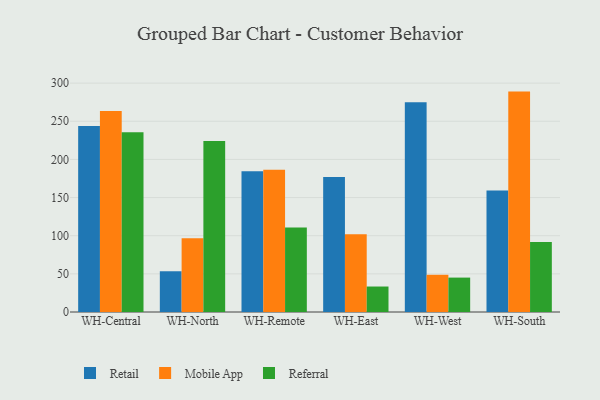
{"axis": {"x": "Warehouse", "y": "Headcount"}, "legend": ["Mobile App", "Referral", "Retail"], "data": [{"x": "WH-Central", "y": 243.7, "type": "Retail"}, {"x": "WH-Central", "y": 263.4, "type": "Mobile App"}, {"x": "WH-Central", "y": 235.5, "type": "Referral"}, {"x": "WH-North", "y": 53.4, "type": "Retail"}, {"x": "WH-North", "y": 96.8, "type": "Mobile App"}, {"x": "WH-North", "y": 224.0, "type": "Referral"}, {"x": "WH-Remote", "y": 184.4, "type": "Retail"}, {"x": "WH-Remote", "y": 186.5, "type": "Mobile App"}, {"x": "WH-Remote", "y": 110.6, "type": "Referral"}, {"x": "WH-East", "y": 176.9, "type": "Retail"}, {"x": "WH-East", "y": 101.9, "type": "Mobile App"}, {"x": "WH-East", "y": 33.4, "type": "Referral"}, {"x": "WH-West", "y": 275.0, "type": "Retail"}, {"x": "WH-West", "y": 48.8, "type": "Mobile App"}, {"x": "WH-West", "y": 45.1, "type": "Referral"}, {"x": "WH-South", "y": 159.2, "type": "Retail"}, {"x": "WH-South", "y": 288.9, "type": "Mobile App"}, {"x": "WH-South", "y": 91.9, "type": "Referral"}]}